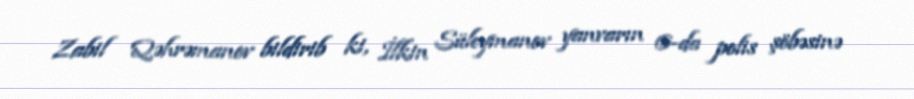
Zabil Qəhrəmanov bildirib ki, İlkin Süleymanov yanvarın 6-da polis şöbəsinə